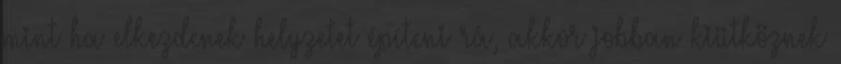
mint ha elkezdenek helyzetet építeni rá, akkor jobban kiütköznek